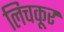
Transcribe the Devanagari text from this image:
लिचकूर